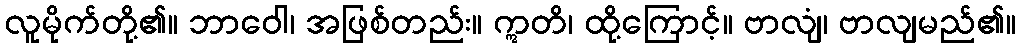
လူမိုက်တို့၏။ ဘာဝေါ၊ အဖြစ်တည်း။ ဣတိ၊ ထို့ကြောင့်။ ဗာလျံ၊ ဗာလျမည်၏။